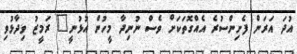
އުދަ އަރަން ފެށިންސުރެ އެއްގޮތަކަށް ވެސް ނުނިދާ މީހުން އުޅުނީ" ރަމީޒު ވިދާޅުވި